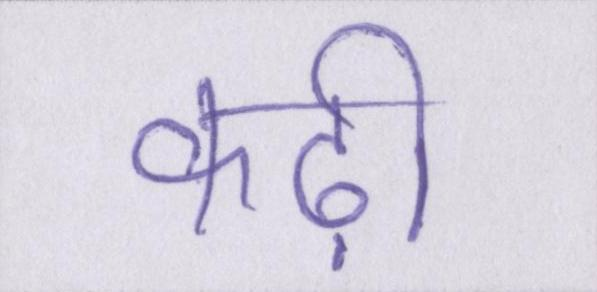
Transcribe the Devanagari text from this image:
कढ़ी